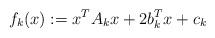
LaTeX: \begin{align*} f_k(x):=x^TA_kx+2b_k^Tx+c_k\end{align*}